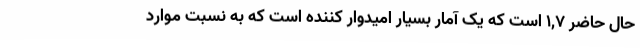
حال حاضر ۱,۷ است که یک آمار بسیار امیدوار کننده است که به نسبت موارد